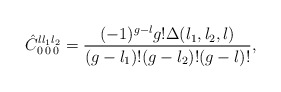
\begin{align*}\hat{C}^{l l_1 l_2}_{0\,0\,0} = {(-1)^{g-l} g! \Delta(l_1,l_2,l)\over(g-l_1)!(g-l_2)!(g-l)!},\end{align*}